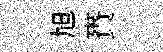
旭賚